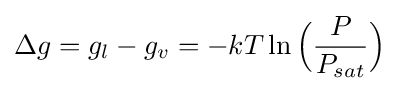
\Delta g=g_{l}-g_{v}=-kT\ln {\Bigl (}{\frac {P}{P_{sat}}}{\Bigr )}